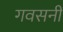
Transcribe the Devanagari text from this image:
गवसनी